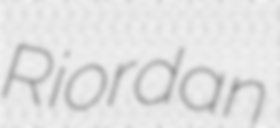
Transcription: Riordan